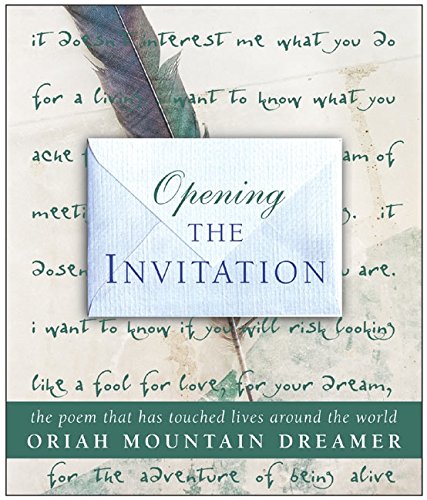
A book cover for Opening The Invitation: The Poem That Has Touched Lives Around the World; Oriah; Christian Books & Bibles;